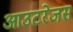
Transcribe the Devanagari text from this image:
आउटरेजस